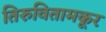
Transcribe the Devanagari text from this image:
तिरुवितामकूर